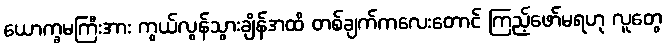
ယောက္ခမကြီးအား ကွယ်လွန်သွားချိန်အထိ တစ်ချက်ကလေးတောင် ကြည့်ဖော်မရဟု လူတွေ